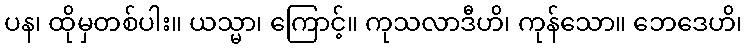
ပန၊ ထိုမှတစ်ပါး။ ယသ္မာ၊ ကြောင့်။ ကုသလာဒီဟိ၊ ကုန်သော။ ဘေဒေဟိ၊